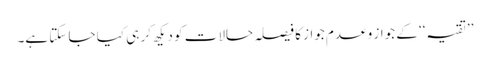
’’تقیہ‘‘ کے جواز و عدمِ جواز کا فیصلہ حالات کو دیکھ کر ہی کیا جا سکتا ہے۔